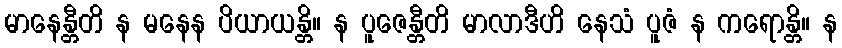
မာနေန္တီတိ န မနေန ပိယာယန္တိ။ န ပူဇေန္တီတိ မာလာဒီဟိ နေသံ ပူဇံ န ကရောန္တိ။ န